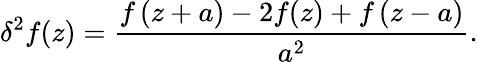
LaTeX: \delta^{2}f(z)=\frac{f\left(z+a\right)-2f(z)+f\left(z-a\right)}{a^{2}}.